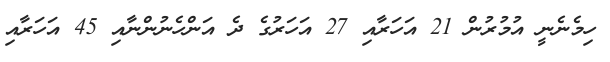
ހިމެނެނީ އުމުރުން 21 އަހަރާއި 27 އަހަރުގެ ދެ އަންހެނުންނާއި 45 އަހަރާއި